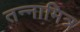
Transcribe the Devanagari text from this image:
तन्नामित्र